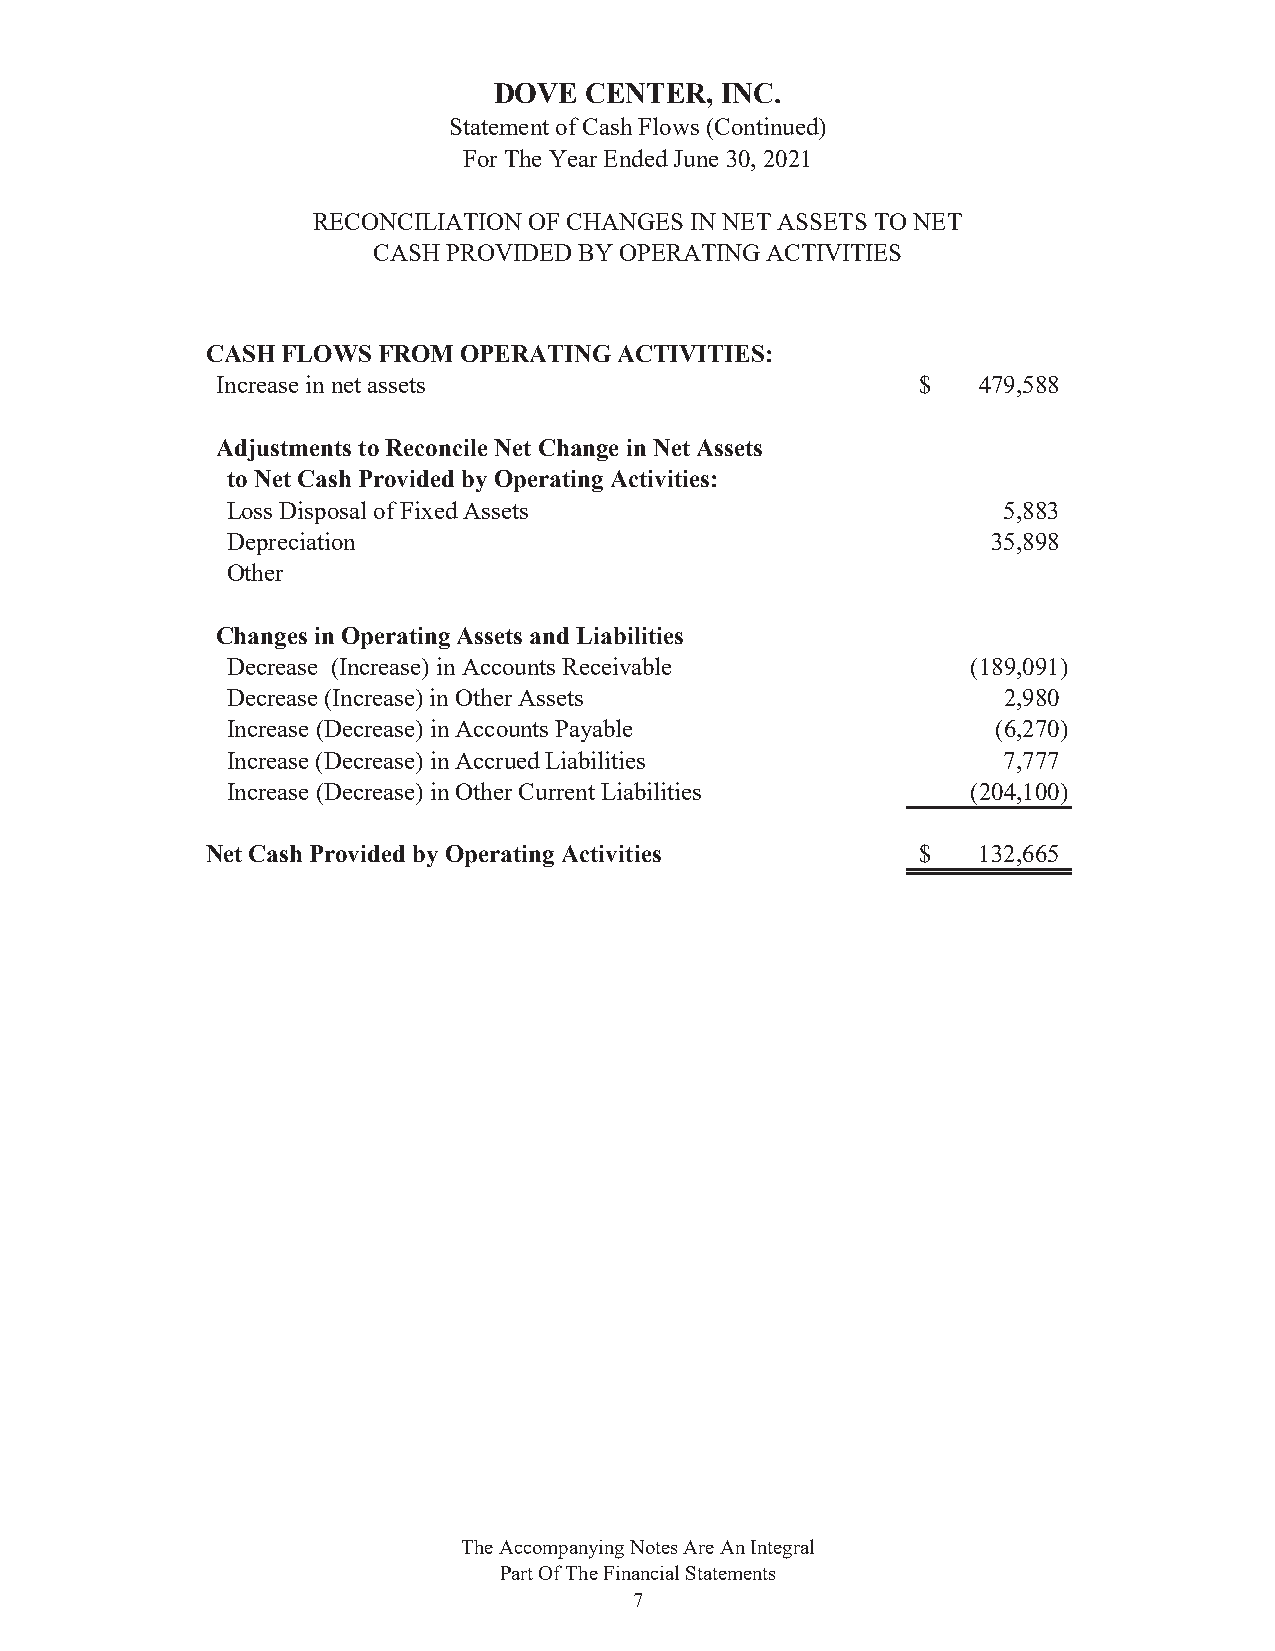
DOVE  CENTER,  INC.
 Statement of Cash Flows (Continued)
 For The Year Ended June 30, 2021
 RECONCILIATION OF CHANGES IN NET ASSETS TO NET
 CASH PROVIDED BY OPERATING ACTIVITIES
 CASH FLOWS FROM OPERATING  ACTIVITIES:
 Increase in net assets                         $   479,588
 Adjustments to Reconcile Net Change in Net Assets
 to Net Cash Provided by Operating Activities:
 Loss Disposal of Fixed Assets                      5,883
 Depreciation                                       35,898
 Other
 Changes in Operating Assets and Liabilities
 Decrease (Increase) in Accounts Receivable       (189,091)
 Decrease (Increase) in Other Assets                2,980
 Increase (Decrease) in Accounts Payable            (6,270)
 Increase (Decrease) in Accrued Liabilities         7,777
 Increase (Decrease) in Other Current Liabilities (204,100)
 Net Cash Provided by Operating Activities      $   132,665
 The Accompanying Notes Are An Integral
 Part Of The Financial Statements
 7